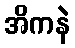
အိကနဲ